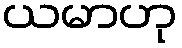
ယမာဟု